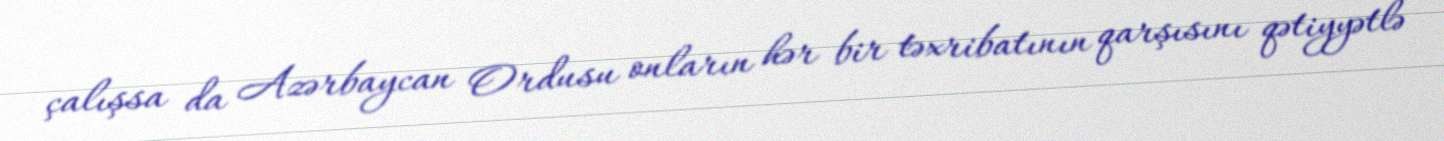
çalışsa da Azərbaycan Ordusu onların hər bir təxribatının qarşısını qətiyyətlə